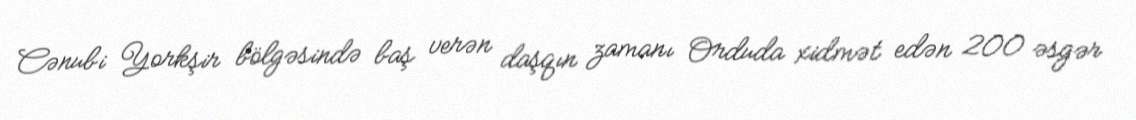
Cənubi Yorkşir bölgəsində baş verən daşqın zamanı Orduda xidmət edən 200 əsgər